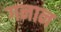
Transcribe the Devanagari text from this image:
गनान